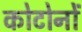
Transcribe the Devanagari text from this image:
कोटोनों